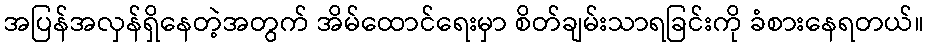
အပြန်အလှန်ရှိနေတဲ့အတွက် အိမ်ထောင်ရေးမှာ စိတ်ချမ်းသာရခြင်းကို ခံစားနေရတယ်။